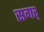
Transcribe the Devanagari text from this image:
सगर्